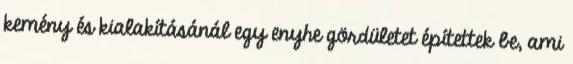
kemény és kialakításánál egy enyhe gördületet építettek be, ami